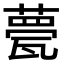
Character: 甍